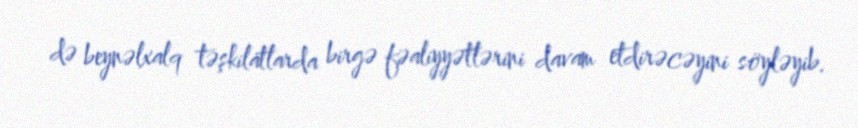
də beynəlxalq təşkilatlarda birgə fəaliyyətlərini davam etdirəcəyini söyləyib.